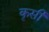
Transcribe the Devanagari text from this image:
कृसी